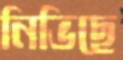
নিভিছে